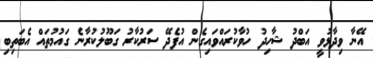
އޭނާ ވިދާޅުވީ އަބްދު ޝާހިދު ހުވާކުރައްވައިގެން އުފެދޭ ސަރުކާރު ގަބޫލުކުރާނެ ގައުމުތައް އެބަތިބި